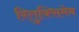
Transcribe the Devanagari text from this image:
रितुक्सिमेब